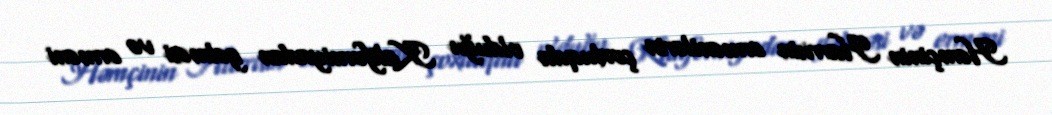
Həmçinin Harrisin ermənilərin çoxluqda olduğu Kaliforniyadan gəlməsi və erməni